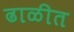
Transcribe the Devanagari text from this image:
ढाळीत